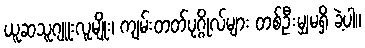
ယူဆသူဂျူးလူမျိုး၊ ကျမ်းတတ်ပုဂ္ဂိုလ်များ တစ်ဦးမျှမရှိ ခဲ့ပါ။